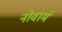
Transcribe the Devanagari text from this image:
नोवार्म